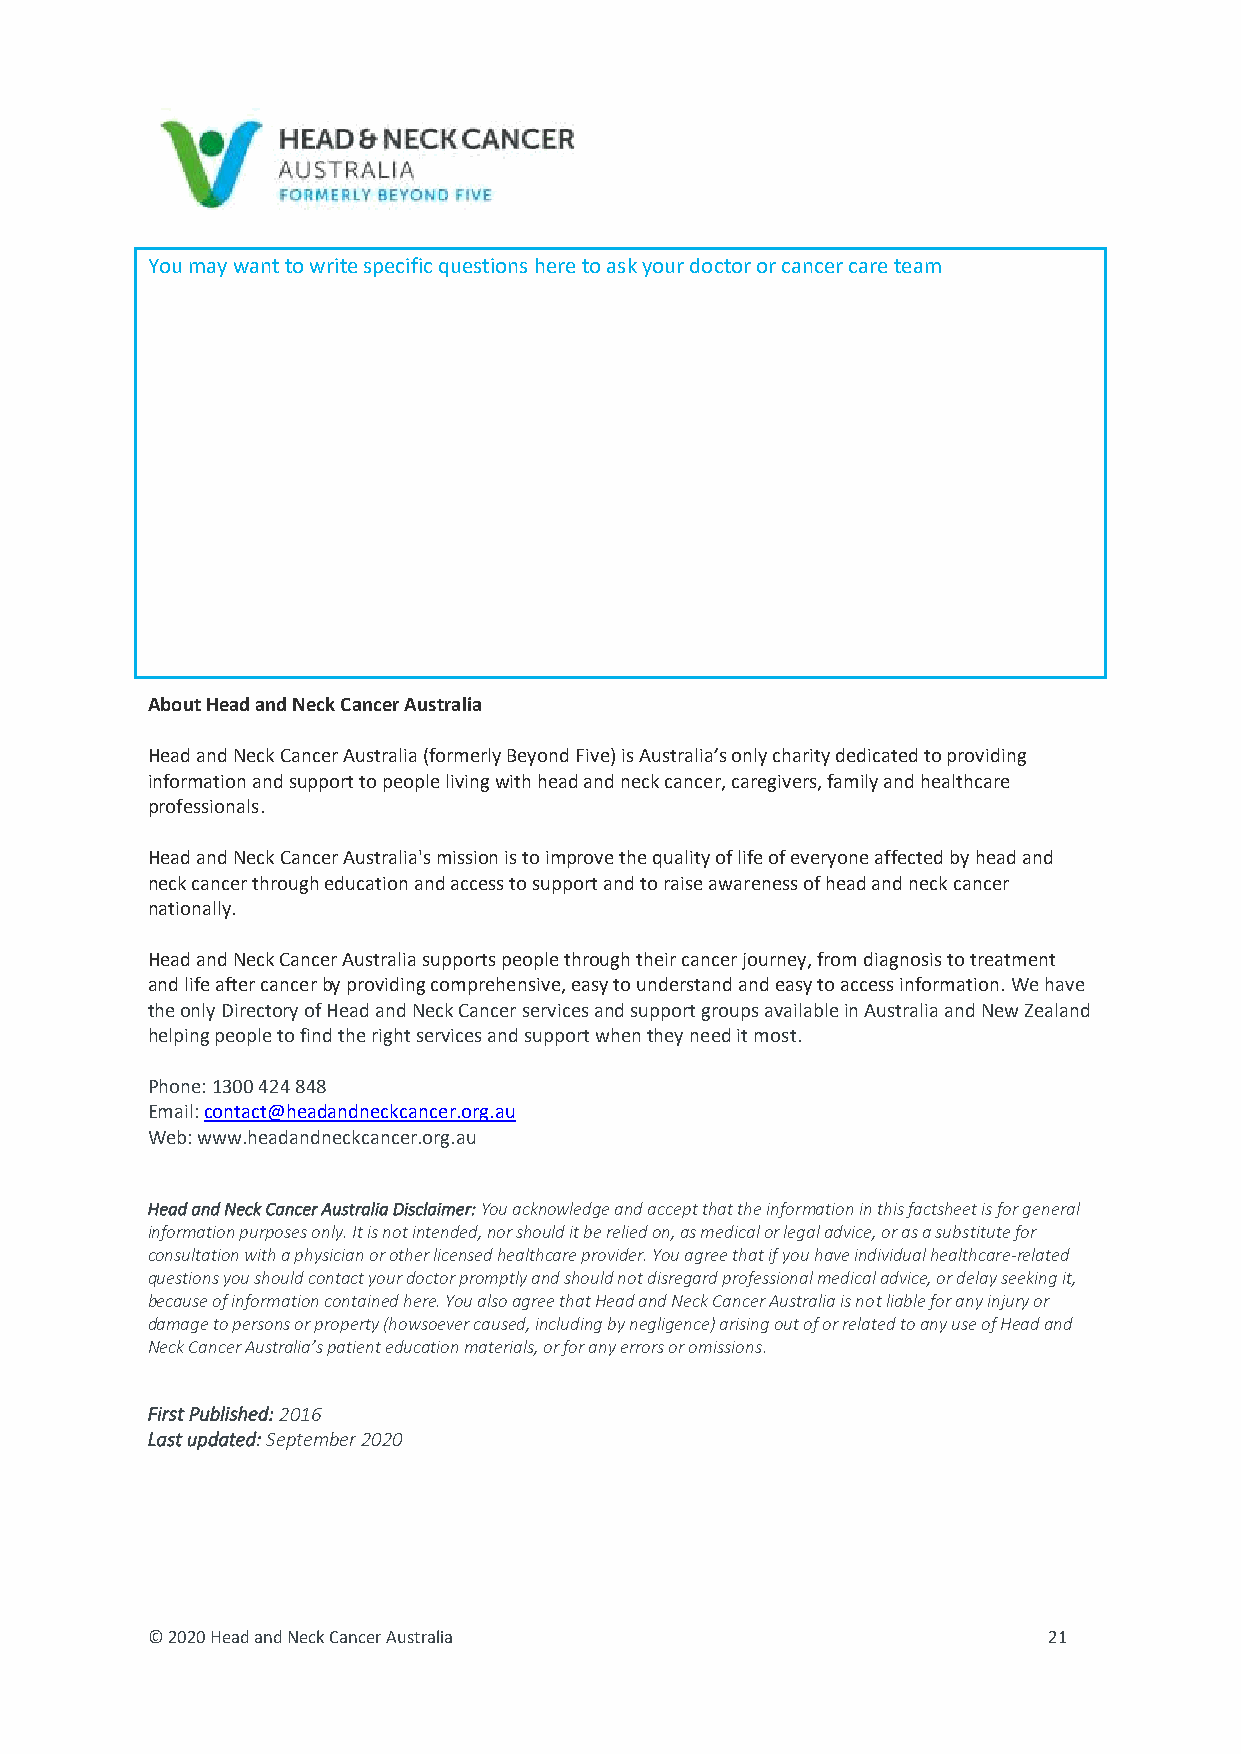
You may want to write specific questions here to ask your doctor or cancer care team
 About Head and Neck Cancer Australia
 Head and Neck Cancer Australia (formerly Beyond Five) is Australia’s only charity dedicated to providing
 information and support to people living with head and neck cancer, caregivers, family and healthcare
 professionals.
 Head and Neck Cancer Australia's mission is to improve the quality of life of everyone affected by head and
 neck cancer through education and access to support and to raise awareness of head and neck cancer
 nationally.
 Head and Neck Cancer Australia supports people through their cancer journey, from diagnosis to treatment
 and life after cancer by providing comprehensive, easy to understand and easy to access information. We have
 the only Directory of Head and Neck Cancer services and support groups available in Australia and New Zealand
 helping people to find the right services and support when they need it most.
 Phone: 1300 424 848
 Email: contact@headandneckcancer.org.au
 Web: www.headandneckcancer.org.au
 Head and Neck Cancer Australia Disclaimer: You acknowledge and accept that the information in this factsheet is for general
 information purposes only. It is not intended, nor should it be relied on, as medical or legal advice, or as a substitute for
 consultation with a physician or other licensed healthcare provider. You agree that if you have individual healthcare-related
 questions you should contact your doctor promptly and should not disregard professional medical advice, or delay seeking it,
 because of information contained here. You also agree that Head and Neck Cancer Australia is not liable for any injury or
 damage to persons or property (howsoever caused, including by negligence) arising out of or related to any use of Head and
 Neck Cancer Australia’s patient education materials, or for any errors or omissions.
 First Published: 2016
 Last updated: September 2020
 © 2020 Head and Neck Cancer Australia                      21